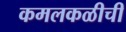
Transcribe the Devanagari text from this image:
कमलकळीची